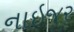
નાઇજર